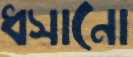
ধসানো